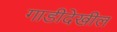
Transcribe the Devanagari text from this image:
गाडीदेखील